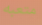
متعبه